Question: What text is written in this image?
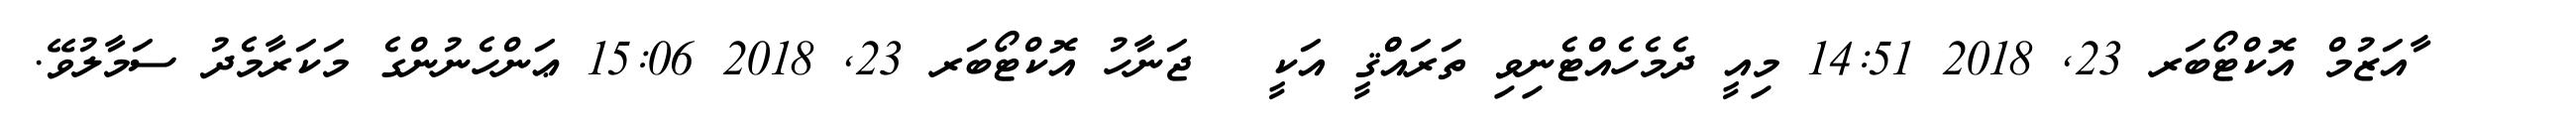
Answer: ??? ? ާއަޒުމް އޮކްޓޯބަރ 23, 2018 14:51 މިއީ ދެމެހެއްޓެނިވި ތަރައްްޤީ އަކީ ? ޖަނާހު އޮކްޓޯބަރ 23, 2018 15:06 ޢަންހެނުންގެ މަކަރާމެދު ސަމާލުވޭ.